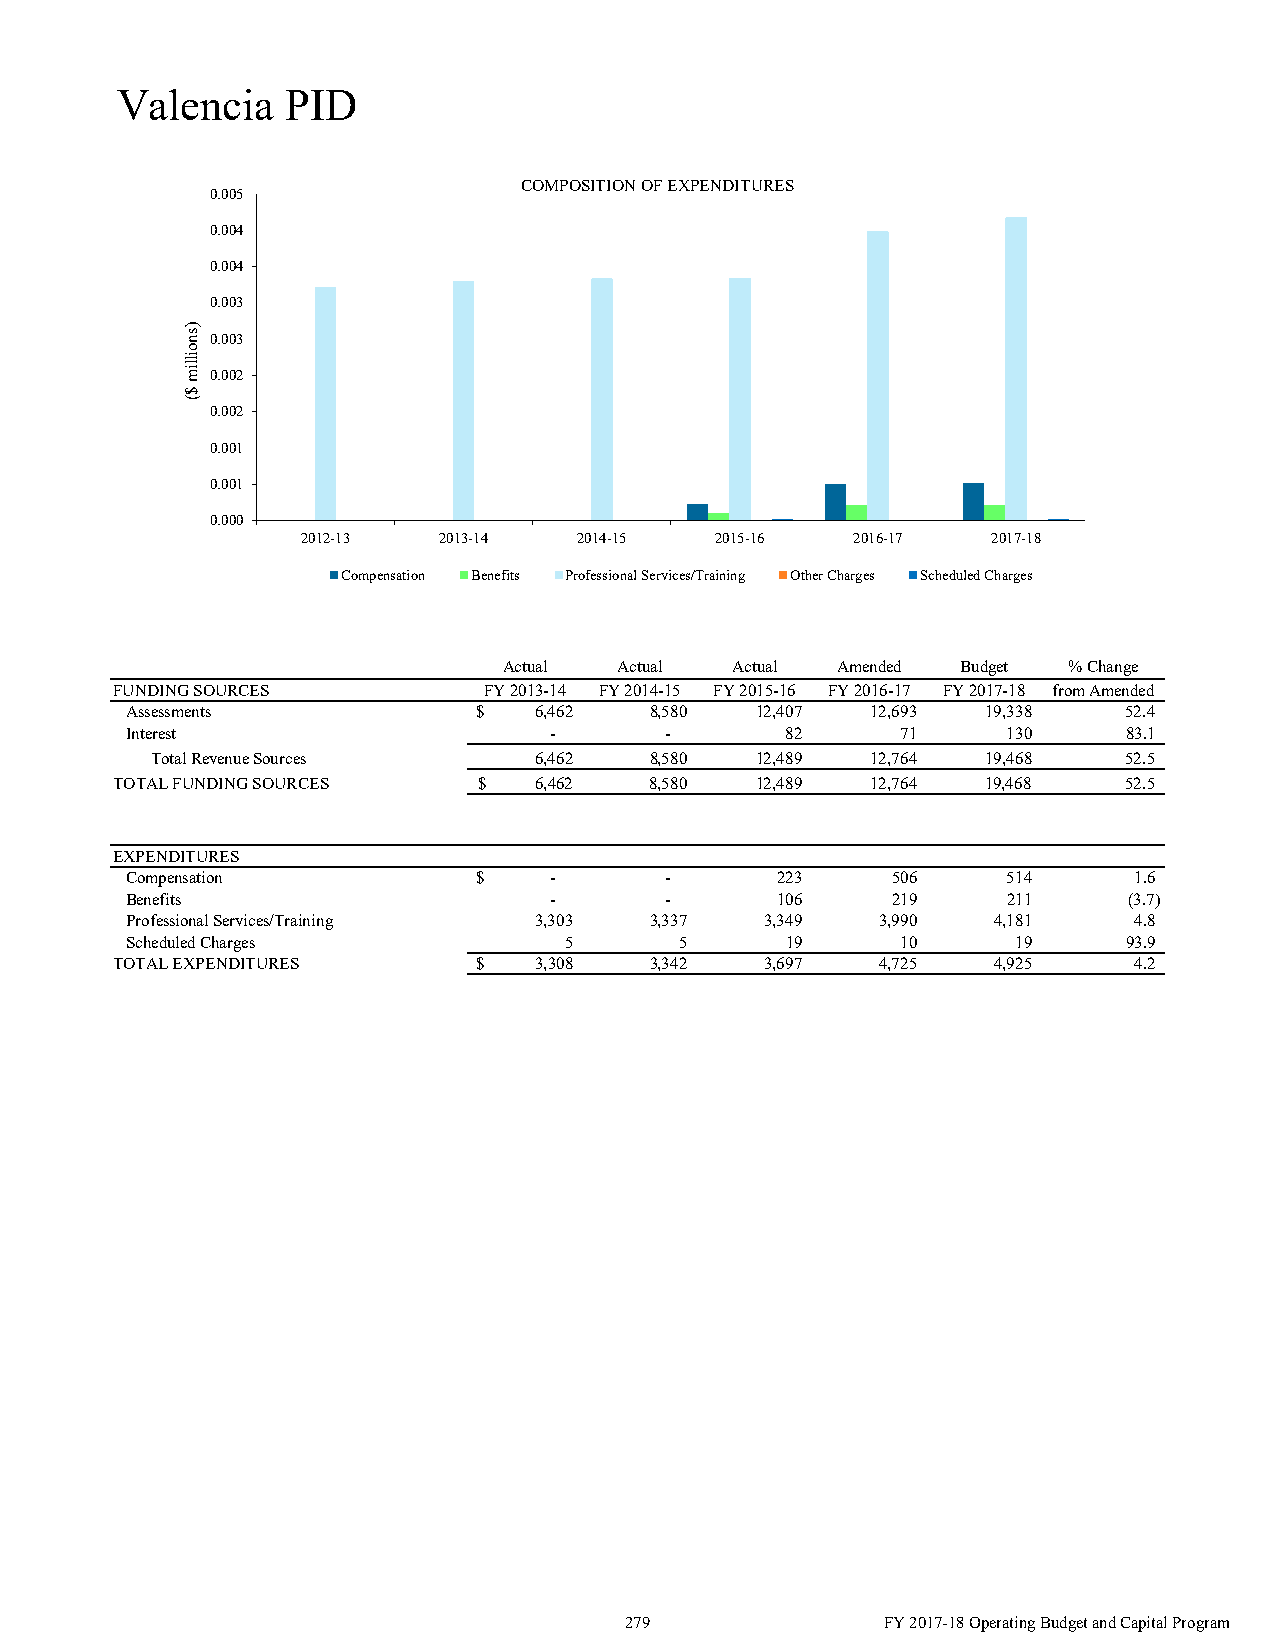
Valencia   PID
 COMPOSITION OF EXPENDITURES
 0.005
 0.004
 0.004
 0.003
 0.003
 0.002
 0.002
 0.001
 0.001
 0.000
 2012-13  2013-14  2014-15  2015-16  2016-17   2017-18
 Compensation Benefits Professional Services/Training Other Charges Scheduled Charges
 Actual  Actual Actual Amended  Budget % Change
 FUNDING SOURCES          FY 2013-14 FY 2014-15 FY 2015-16 FY 2016-17 FY 2017-18 from Amended
 Assessments            $   6,462   8,580  12,407  12,693 19,338    52.4
 Interest                    -       -       82      71     130     83.1
 Total Revenue Sources    6,462   8,580  12,489  12,764 19,468    52.5
 TOTAL FUNDING SOURCES    $  6,462   8,580  12,489  12,764 19,468    52.5
 EXPENDITURES
 Compensation           $    -       -      223     506     514     1.6
 Benefits                    -       -      106     219     211     (3.7)
 Professional Services/Training 3,303 3,337 3,349  3,990   4,181    4.8
 Scheduled Charges            5       5      19      10     19      93.9
 TOTAL EXPENDITURES       $  3,308   3,342   3,697  4,725   4,925    4.2
 279               FY 2017-18 Operating Budget and Capital Program
 )snoillim
 $(